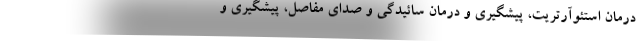
درمان استئوآرتریت، پیشگیری و درمان سائیدگی و صدای مفاصل، پیشگیری و